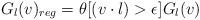
LaTeX: \begin{align*}G_l(v)_{reg}=\theta[(v\cdot l)>\epsilon]G_l(v)\end{align*}